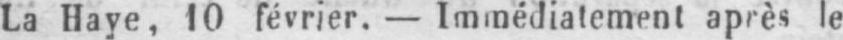
La Haye, 10 février. - Immédiatement après le